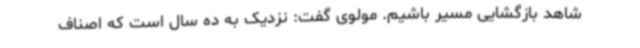
شاهد بازگشایی مسیر باشیم. مولوی گفت: نزدیک به ده سال است که اصناف